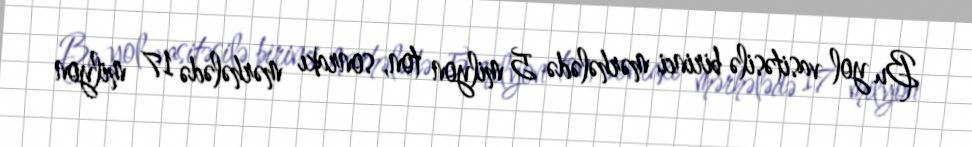
Bu yol vasitəsilə birinci mərhələdə 5 milyon ton, sonrakı mərhələdə 17 milyon